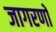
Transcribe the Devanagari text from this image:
जागरणों